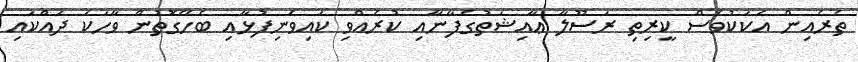
ތެރެއިން އެކަކުވެސް ކީރިތި ރަސޫލާ ޢާއިޝަތުގެފާނާއި ކުރެއްވި ކައިވެނިފުޅާއި ބެހޭގޮތުން ވާހަކަ ދައްކައި